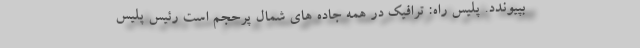
بپیوندد. پلیس راه: ترافیک در همه جاده های شمال پرحجم است رئیس پلیس